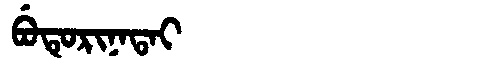
Manchu: ᠪᡠᡨᡠᡵᡳᠨᠠᡨᠠᡳ
Romanization: BUTURINATAI